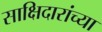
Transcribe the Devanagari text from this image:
साक्षिदारांच्या